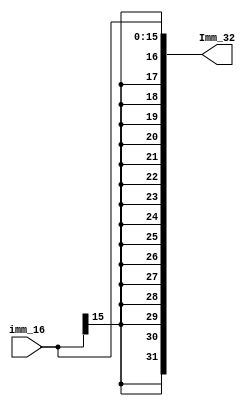
`timescale 1ns / 1ps
//////////////////////////////////////////////////////////////////////////////////
// Company: 
// Engineer: 
// 
// Design Name: 
// Module Name:    Ext_32 
// Project Name: 
// Target Devices: 
// Tool versions: 
// Description: 
//
// Dependencies: 
//
// Revision: 
// Revision 0.01 - File Created
// Additional Comments: 
//
//////////////////////////////////////////////////////////////////////////////////
module Ext_32(input [15:0] imm_16,
				  output[31:0] Imm_32
				 );

	assign Imm_32 = {{16{imm_16[15]}},imm_16};			//32
	
endmodule